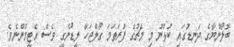
ބޮލޯންޔާގެ ދަނޑުގައި ކުޅުނު މި މެޗުގެ ފުރަތަމަ ގޯލްޖަހާ ލީޑުނެގީ ވެސް އެޓީމުންނެވެ.